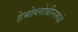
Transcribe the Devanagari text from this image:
हेमोग्लोबीनमध्ये